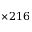
\times 2 1 6